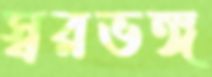
স্বরভঙ্গ